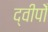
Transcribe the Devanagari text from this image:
द्वीपोँ